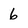
Character: 6